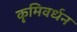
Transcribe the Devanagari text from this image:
कृमिवर्धन